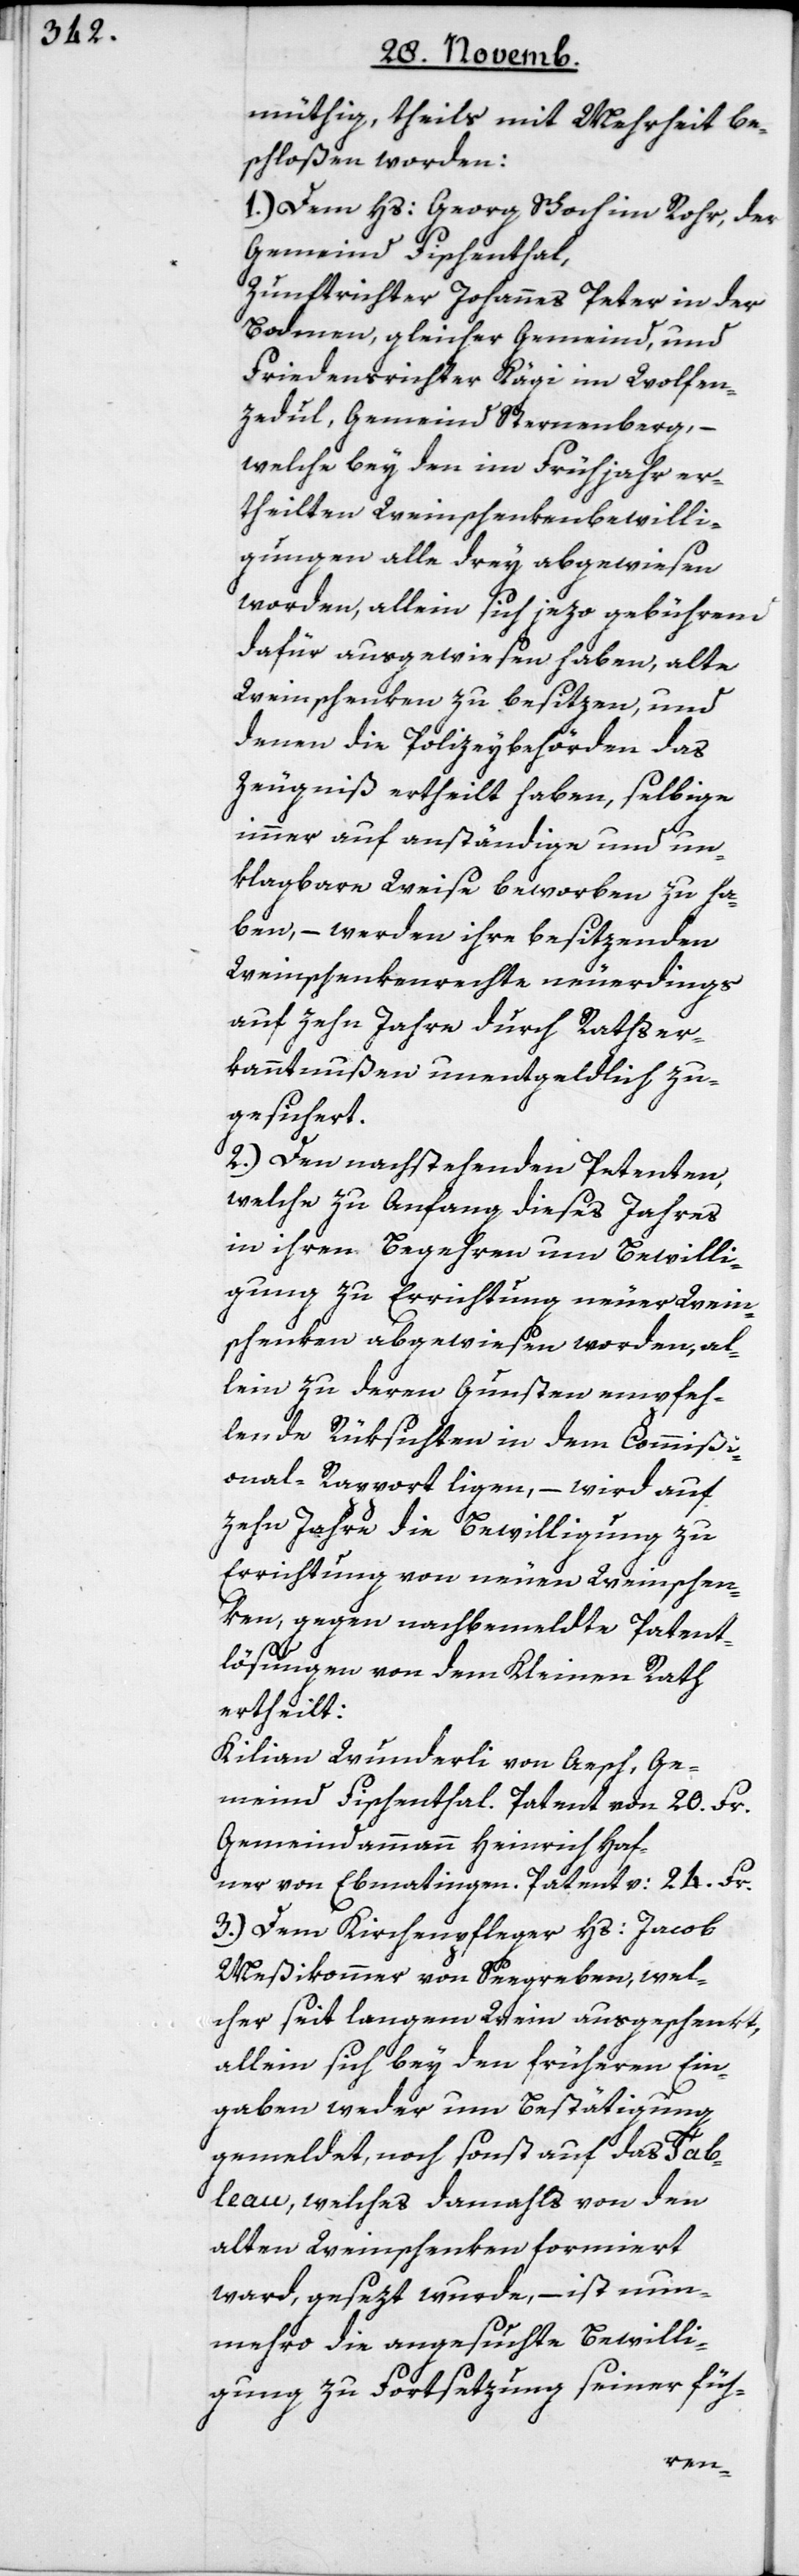
müthig, theils mit Mehrheit be¬
schloßen worden:
1.) Dem Hs. Georg Schoch im Rohr, der
Gemeind Fischenthal,
Zunftrichter Johannes Peter in der
Bodmen, gleicher Gemeind, und
Friedensrichter Kägi im Wolfen¬
zedul, Gemeind Sternenberg, –
welche bey den im Frühjahr er¬
theilten Weinschenkenbewilli¬
gungen alle drey abgewiesen
worden, allein sich jezo gebührend
dafür ausgewiesen haben, alte
Weinschenken zu besitzen, und
denen die Polizeybehörden das
Zeugniß ertheilt haben, selbige
immer auf anständige und un¬
klagbare Weise beworben zu ha¬
ben, – werden ihre besitzenden
Weinschenkenrechte neuerdings
auf zehn Jahre durch Rathser¬
kanntnußen unentgeldlich zu¬
gesichert.
2.) Den nachstehenden Petenten,
welche zu Anfang dieses Jahres
in ihren Begehren um Bewilli¬
gung zu Errichtung neuer Wein¬
schenken abgewiesen worden, al¬
lein zu deren Gunsten empfeh¬
lende Rüksichten in dem Commißi¬
onal-Rapport liegen, – wird auf
zehn Jahre die Bewilligung zu
Errichtung von neuen Weinschen¬
ken, gegen nachbemeldte Patent¬
lösungen von dem Kleinen Rath
ertheilt:
Kilian Wunderli von Aesch, Ge¬
meind Fischenthal. Patent von 20. Fr.
Gemeindammann Heinrich Haf¬
ner von Ebmatingen, Patent v. 24. Fr.
3.) Dem Kirchenpfleger Hs. Jacob
Meßikommer von Seegreben, wel¬
cher seit langem Wein ausgeschenkt,
allein sich bey den früheren Ein¬
gaben weder um Bestätigung
gemeldet, noch sonst auf das Tab¬
leau, welches damahls von den
alten Weinschenken formiert
ward, gesetzt wurde, – ist nun¬
mehro die angesuchte Bewilli¬
gung zu Fortsetzung seiner füh-